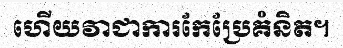
ហើយវាជាការកែប្រែគំនិត។